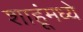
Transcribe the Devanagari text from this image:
शाहूंमध्ये